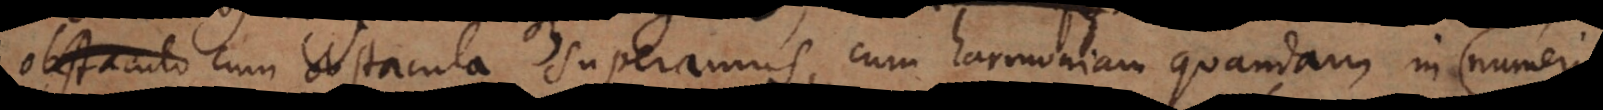
obstaculo obstacula superamus, cum harmoniam quandam in idei